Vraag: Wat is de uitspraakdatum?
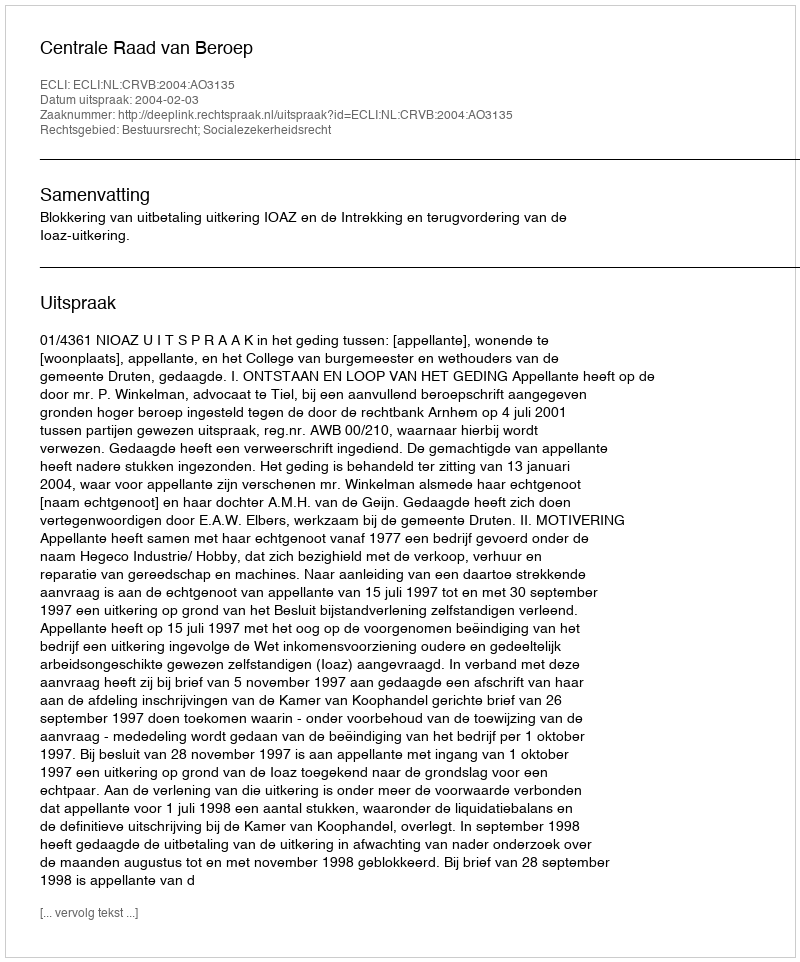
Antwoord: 2004-02-03